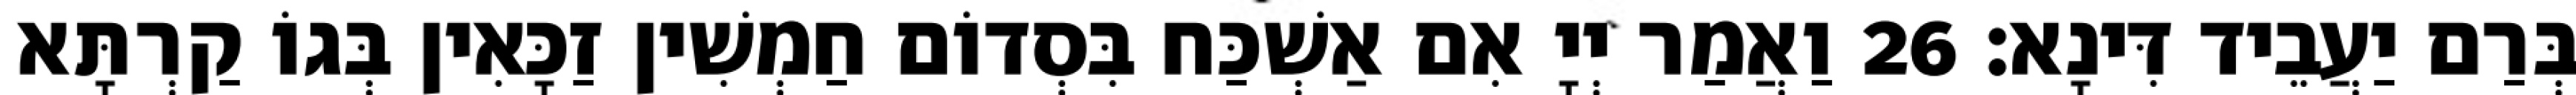
בְּרַם יַעֲבֵיד דִּינָא׃ 26 וַאֲמַר יְיָ אִם אַשְׁכַּח בִּסְדוֹם חַמְשִׁין זַכָּאִין בְּגוֹ קַרְתָּא